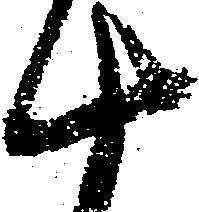
十